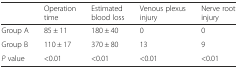
<table><thead><tr><td></td><td><b>Operation time</b></td><td><b>Estimated blood loss</b></td><td><b>Venous plexus injury</b></td><td><b>Nerve root injury</b></td></tr></thead><tbody><tr><td>Group A</td><td>85 ± 11</td><td>180 ± 40</td><td>0</td><td>0</td></tr><tr><td>Group B</td><td>110 ± 17</td><td>370 ± 80</td><td>13</td><td>9</td></tr><tr><td><i>P</i> value</td><td>&lt;0.01</td><td>&lt;0.01</td><td>&lt;0.01</td><td>&lt;0.01</td></tr></tbody></table>